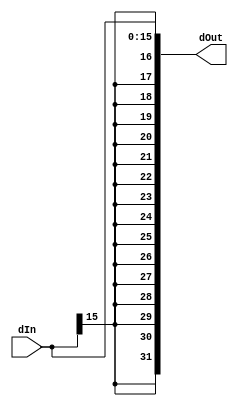
`ifndef _SIGN_EXTENSION_
`define _SIGN_EXTENSION_

module SignExtension(dIn, dOut);
  parameter IN_BIT_WIDTH = 16;
  parameter OUT_BIT_WIDTH = 32;

  input [(IN_BIT_WIDTH-1):0]  dIn;
  output[(OUT_BIT_WIDTH-1):0] dOut;

  assign dOut = {{(OUT_BIT_WIDTH - IN_BIT_WIDTH){dIn[IN_BIT_WIDTH-1]}}, dIn};
endmodule

`endif //_SIGN_EXTENSION_